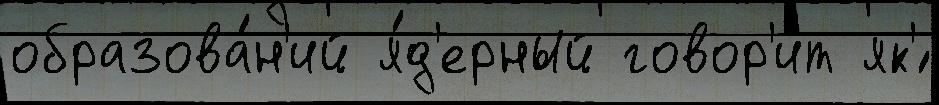
образова́н'ий я́д'ерный говор'и́т як'́